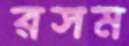
রসম